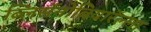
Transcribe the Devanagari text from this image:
ब्लिसॅनोबियारॅल्ला